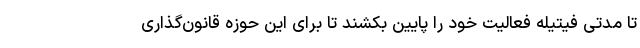
تا مدتی فيتيله فعاليت خود را پايين بكشند تا برای اين حوزه قانون‌گذاری